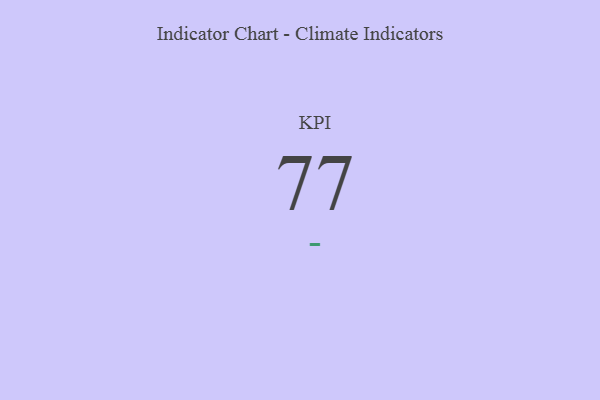
{"axis": {"x": "KPI", "y": "Value"}, "legend": [""], "data": [{"x": "KPI", "y": 77, "type": ""}]}